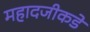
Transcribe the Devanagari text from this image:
महादजीकडे